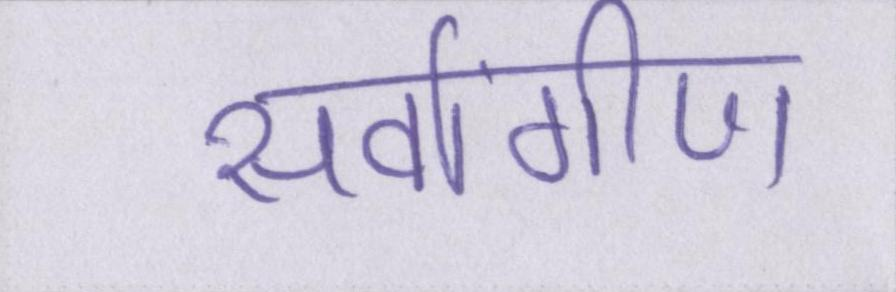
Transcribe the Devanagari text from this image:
सर्वांगीण